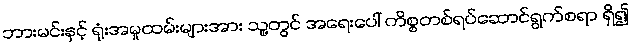
ဘားမင်းနှင့် ရုံးအမှုထမ်းများအား သူ့တွင် အရေးပေါ် ကိစ္စတစ်ရပ်ဆောင်ရွက်စရာ ရှိ၍